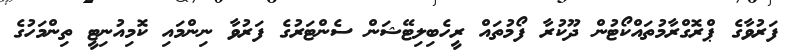
ފަރުވާގެ ޕްރޮގްރާމުތައްކޯޓުން ދޫކުރާ ފޯމުތައް ރީހެބިލިޓޭޝަން ސެންޓަރުގެ ފަރުވާ ނިންމައި ކޮމިއުނިޓީ ތިންމަހުގެ